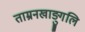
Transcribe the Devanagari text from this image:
ताम्रनखाङ्गुलि